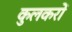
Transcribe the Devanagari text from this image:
कुलकरों